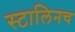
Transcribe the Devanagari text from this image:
स्टालिनच